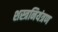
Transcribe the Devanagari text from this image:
शस्त्रनियंत्रण